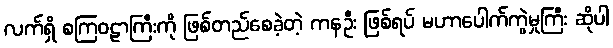
လက်ရှိ စကြဝဠာကြီးကို ဖြစ်တည်စေခဲ့တဲ့ ကနဦး ဖြစ်ရပ် မဟာပေါက်ကွဲမှုကြီး ဆိုပါ